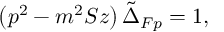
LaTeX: \left( p ^ { 2 } - m ^ { 2 } S z \right) \tilde { \Delta } _ { F p } = 1 ,